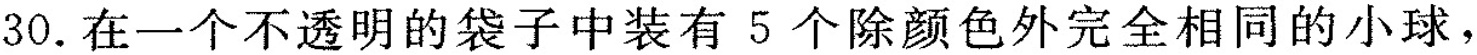
30. 在一个不透明的袋子中装有 5 个除颜色外完全相同的小球，